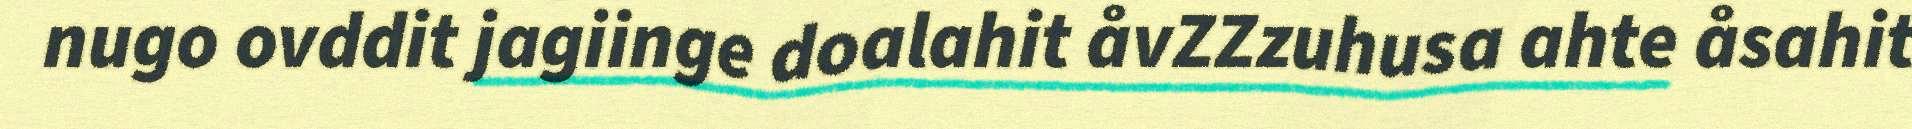
nugo ovddit jagiinge doalahit åvZZzuhusa ahte åsahit